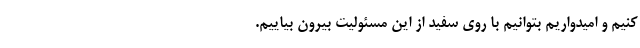
کنیم و امیدواریم بتوانیم با روی سفید از این مسئولیت بیرون بیاییم.